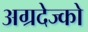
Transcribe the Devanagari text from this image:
अग्रदेज्को